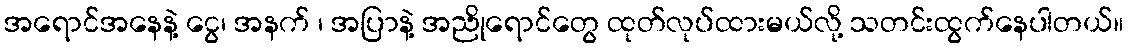
အရောင်အနေနဲ့ ငွေ၊ အနက် ၊ အပြာနဲ့ အညိုရောင်တွေ ထုတ်လုပ်ထားမယ်လို့ သတင်းထွက်နေပါတယ်။